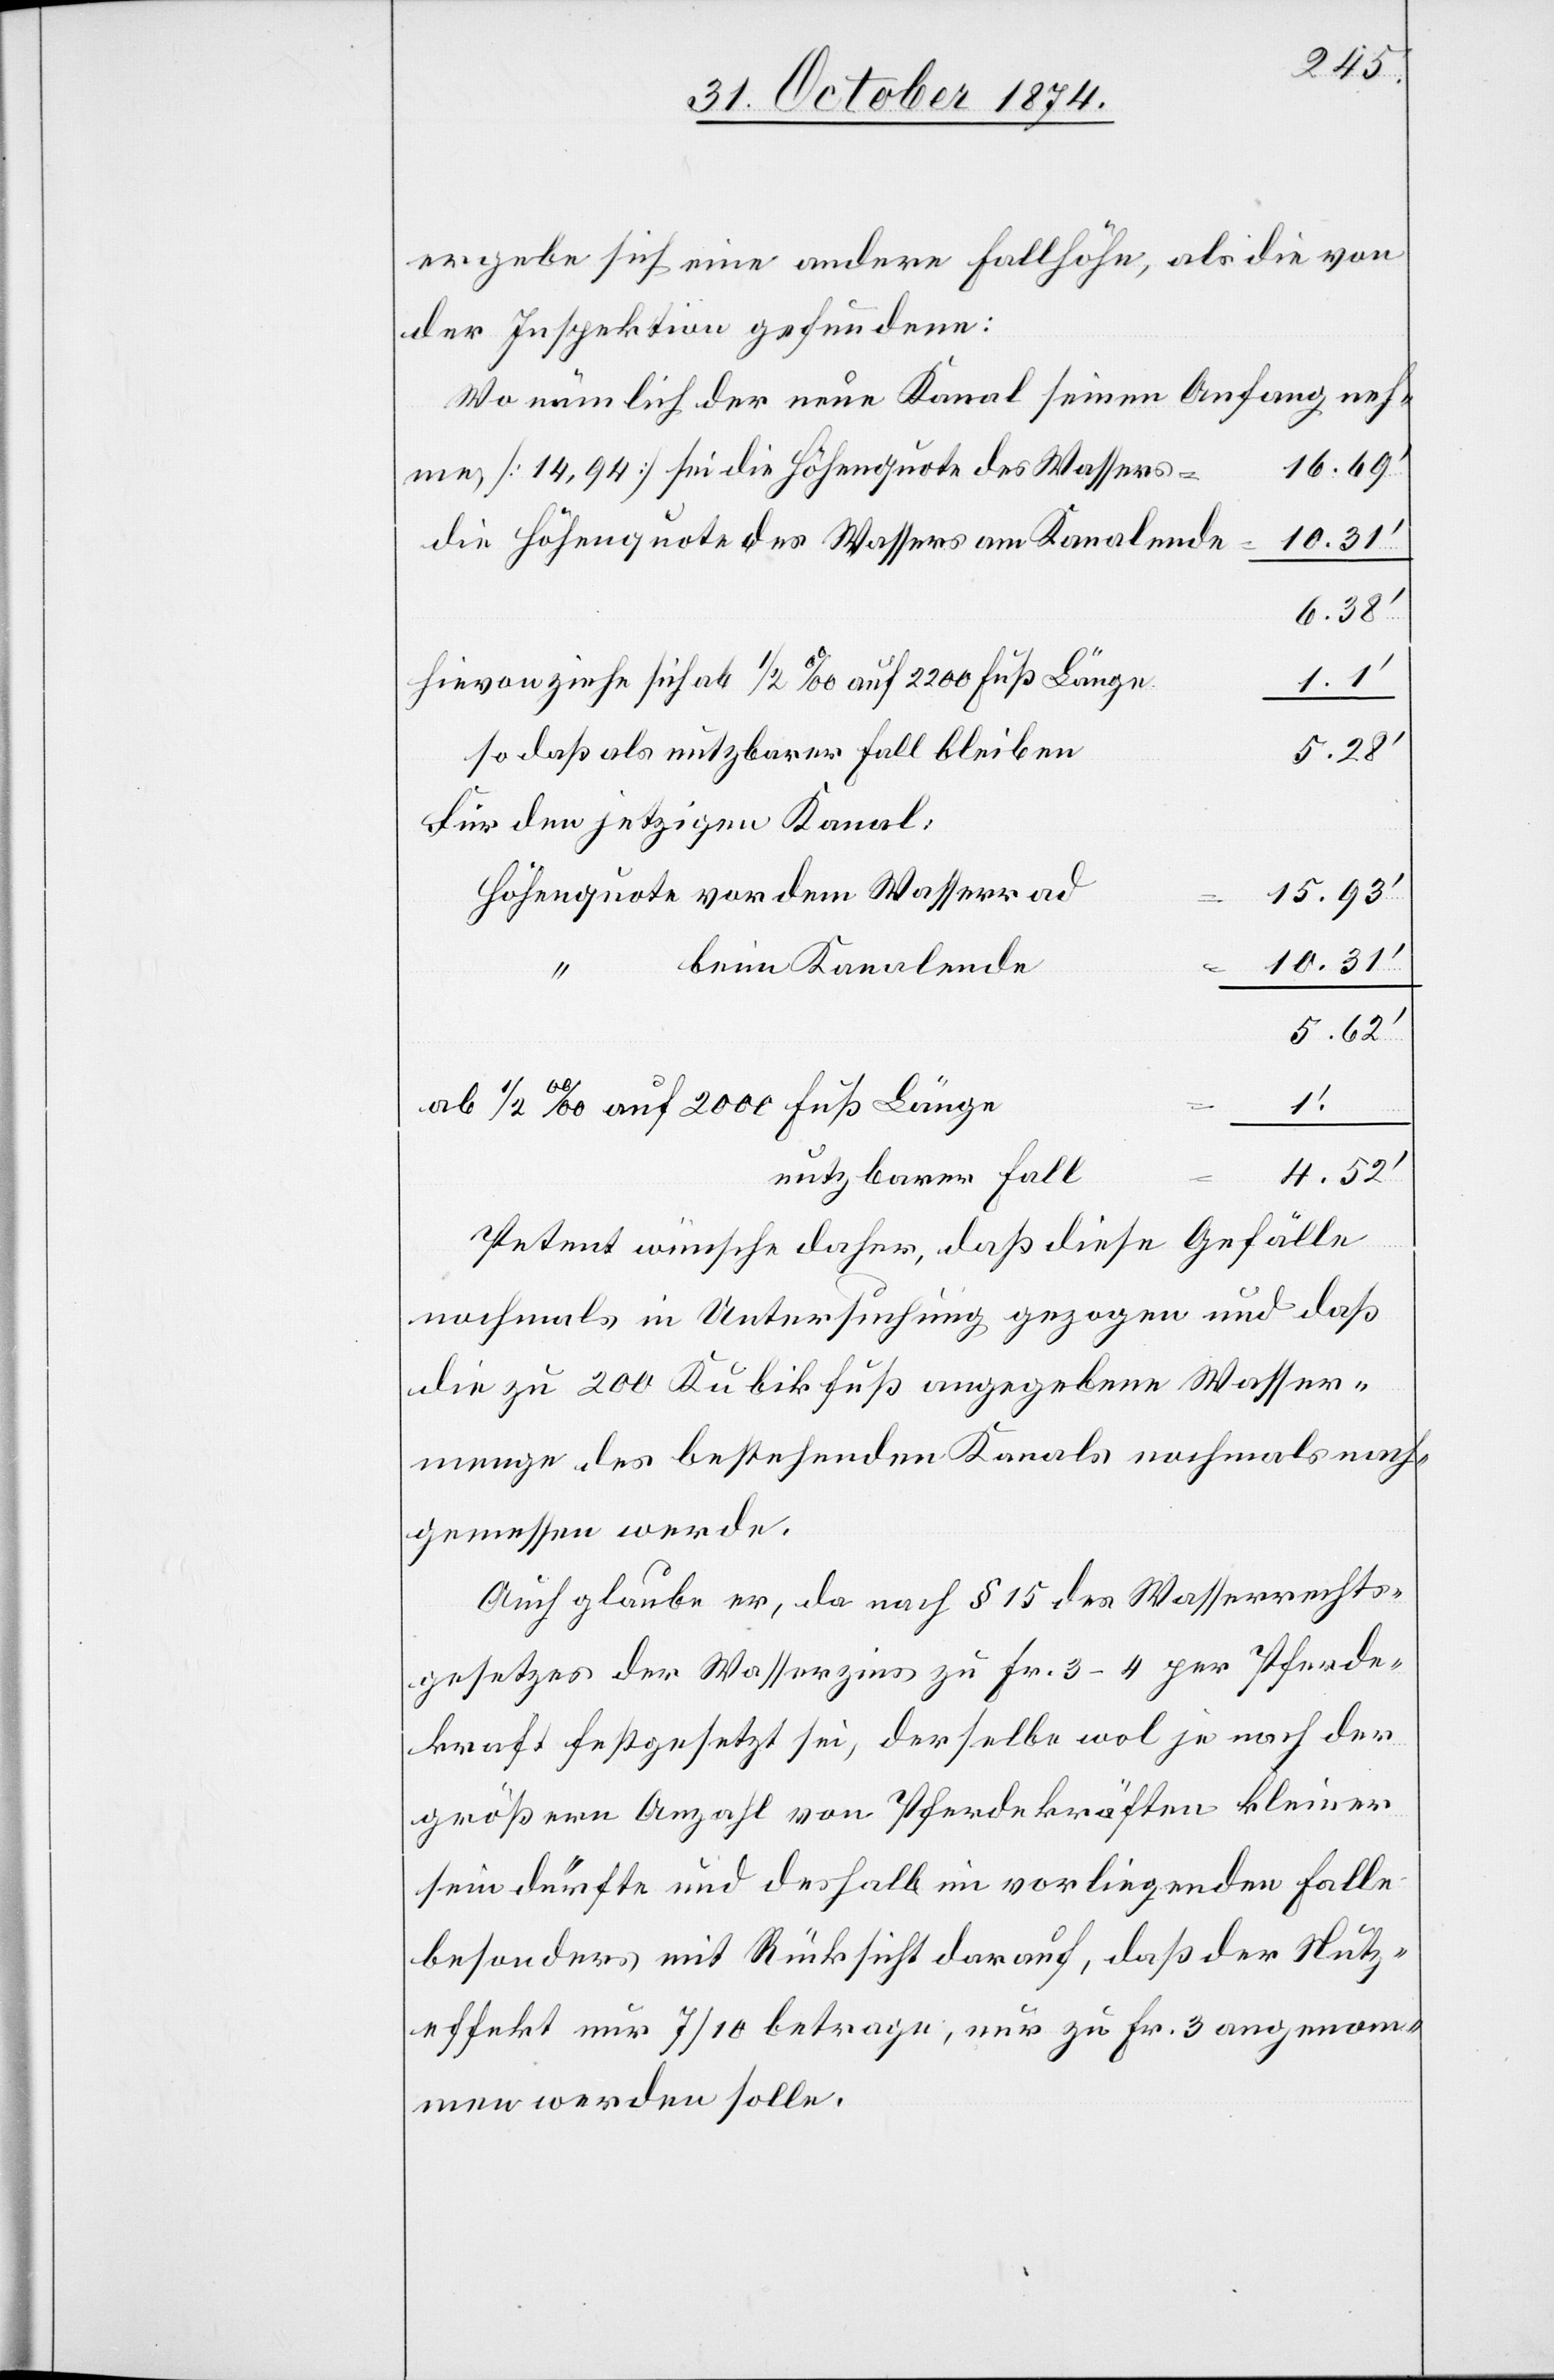
2000
ergibt sich eine andere Fallhöhe, als die von
der Inspektion gefundene:
Wo nämlich der neue Kanal seinen Anfang neh¬
16.69‘
[14,94] sei die Höhenquote des Wassers
die Höhenquote des Wassers am Kanalende
6.38‘
Hievon ziehe sich ab 1/2‰ auf 2000 Fuß Länge
1.1
5.28‘
so daß als nutzbarer Fall bleiben
Für den jetzigen Kanal:
Höhenquote von dem Wasserrad
15.93‘
10.31‘
“
beim Kanalende
5.62‘
1‘.
nutzbarer Fall
Petent wünsche daher, daß diese Gefälle
nochmals in Untersuchung gezogen und daß
die zu 200 Kubikfuß angegebene Wasser¬
menge des bestehenden Kanals nochmals nach¬
gemessen werde.
Auch glaube er, da nach § 15 des Wasserrechts¬
gesetzes der Wasserzins zu Fr. 3–4 per Pferde¬
kraft festgesetzt sei, derselbe wol je nach der
größern Anzahl von Pferdekräften kleiner
sein dürfte und deshalb im vorliegenden Falle
besonders mit Rücksicht darauf, daß der Nutz¬
effekt nur 7/10 betrage, nur zu Fr. 3 angenom¬
men werden solle.